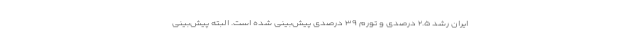
ایران رشد ۲.۵ درصدی و تورم ۳۹ درصدی پیش‌بینی شده است. البته پیش‌بینی